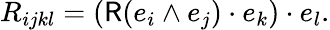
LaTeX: R_{ijkl}=({\mathsf{R}}(e_{i}\wedge e_{j})\cdot e_{k})\cdot e_{l}.